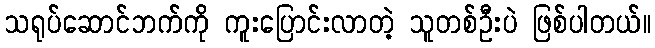
သရုပ်ဆောင်ဘက်ကို ကူးပြောင်းလာတဲ့ သူတစ်ဦးပဲ ဖြစ်ပါတယ်။